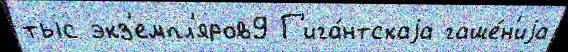
тыс экз'емпл'яров9 Г'ига́нтскаjа гаше́н'иjа